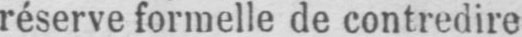
réserve formelle de contredire